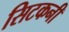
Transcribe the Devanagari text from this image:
सिटकनी